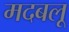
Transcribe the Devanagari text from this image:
मदबलू